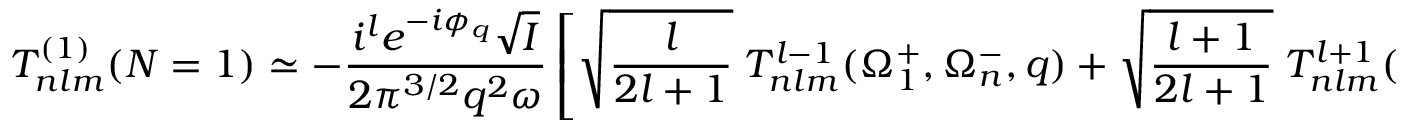
T _ { n l m } ^ { ( 1 ) } ( N = 1 ) \simeq - \frac { i ^ { l } e ^ { - i \phi _ { q } } \sqrt { I } } { 2 { \pi } ^ { 3 / 2 } q ^ { 2 } \omega } \left[ \sqrt { \frac { l } { 2 l + 1 } } \; { \cal T } _ { n l m } ^ { l - 1 } ( \Omega _ { 1 } ^ { + } , \Omega _ { n } ^ { - } , q ) + \sqrt { \frac { l + 1 } { 2 l + 1 } } \; { \cal T } _ { n l m } ^ { l + 1 } ( \Omega _ { 1 } ^ { + } , \Omega _ { n } ^ { - } , q ) \right] ,